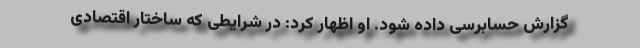
گزارش حسابرسی داده شود. او اظهار کرد: در شرایطی كه ساختار اقتصادی